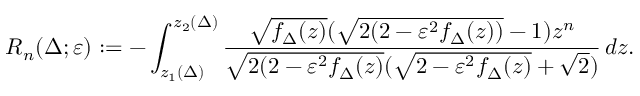
R _ { n } ( \Delta ; \varepsilon ) : = - \int _ { z _ { 1 } ( \Delta ) } ^ { z _ { 2 } ( \Delta ) } \frac { \sqrt { f _ { \Delta } ( z ) } ( \sqrt { 2 ( 2 - \varepsilon ^ { 2 } f _ { \Delta } ( z ) ) } - 1 ) z ^ { n } } { \sqrt { 2 ( 2 - \varepsilon ^ { 2 } f _ { \Delta } ( z ) } ( \sqrt { 2 - \varepsilon ^ { 2 } f _ { \Delta } ( z ) } + \sqrt 2 ) } \, d z .